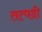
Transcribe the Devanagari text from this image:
तत्पदी